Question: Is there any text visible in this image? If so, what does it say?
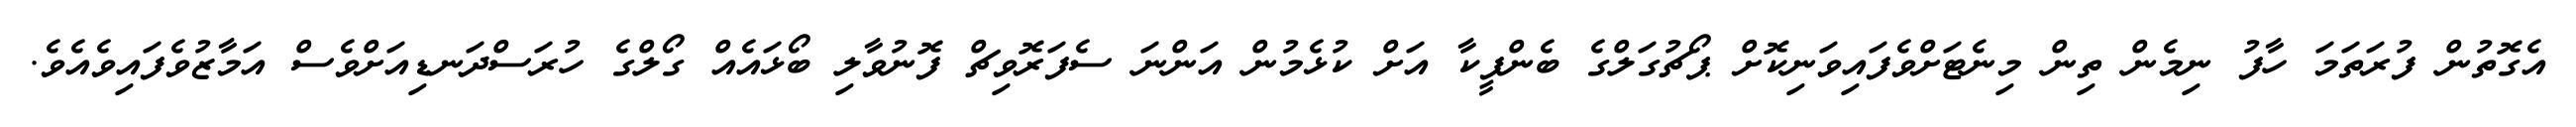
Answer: އެގޮތުން ފުރަތަމަ ހާފު ނިމެން ތިން މިނެޓަށްވެފައިވަނިކޮށް ޕޯޗުގަލްގެ ބެންފީކާ އަށް ކުޅެމުން އަންނަ ސެފަރޮވިޗް ފޮނުވާލި ބޯޅައެއް ގޯލްގެ ހުރަސްދަނޑިއަށްވެސް އަމާޒުވެފައިވެއެވެ.